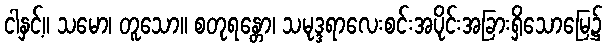
ငါနှင့်။ သမော၊ တူသော။ စတုရန္တော၊ သမုဒ္ဒရာလေးစင်းအပိုင်းအခြားရှိသောမြေ၌